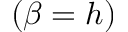
( \beta = h )